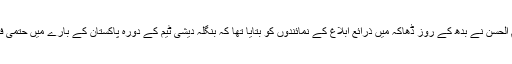
خیال رہے کہ بی سی بی کے صدر ناظم الحسن نے بدھ کے روز ڈھاکہ میں ذرائع ابلاغ کے نمائندوں کو بتایا تھا کہ بنگلہ دیشی ٹیم کے دورہ پاکستان کے بارے میں حتمی فیصلہ جمعرات کے روز کر لیا جائے گا۔